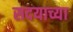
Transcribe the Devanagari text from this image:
सदयाच्या